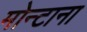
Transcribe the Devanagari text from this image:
मोन्‍टाना